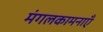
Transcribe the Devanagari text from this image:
मंगलकामनाएँ